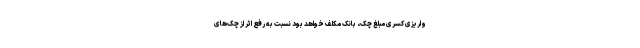
واریزی کسری مبلغ چک، بانک مکلف خواهد بود نسبت به رفع اثر از چک‌های